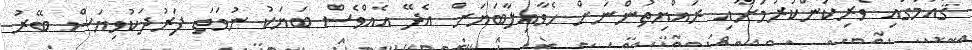
ޤައުމުގައި ވެރިކަންކުރުމަށާއި ރައްޔިތުންނަށް ހެވާއިލާބަޔަށް އެދޭ އެއްވެސް ބަޔަކު ނުވަތަ ފަރުދަކުވިޔަސް ބޭރު